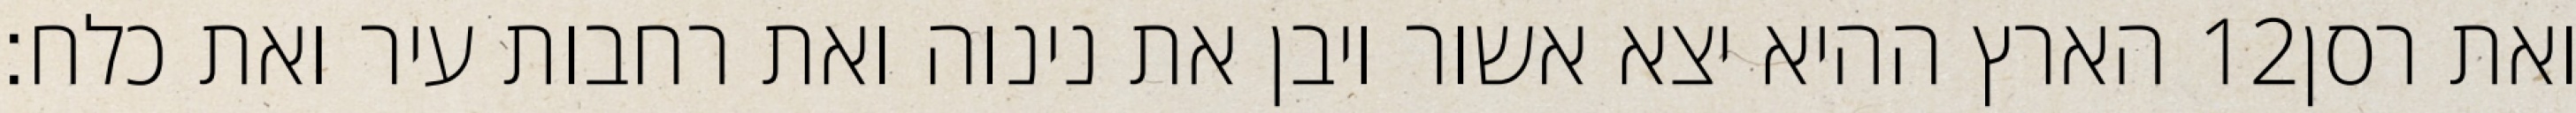
הארץ ההיא יצא אשור ויבן את נינוה ואת רחבות עיר ואת כלח׃ ‎12‏ ואת רסן